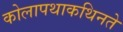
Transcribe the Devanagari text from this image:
कोलापथाकथिनते